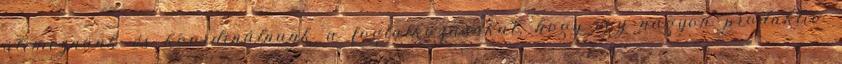
ütemeznünk és koordinálnunk a foglalkozásokat, hogy egy nagyon produktív